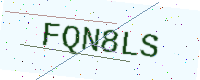
Text: FQN8LS